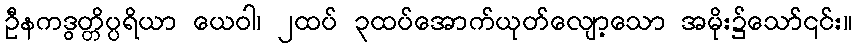
ဦနကဒွတ္တိပ္ပရိယာ ယေဝါ၊ ၂ထပ် ၃ထပ်အောက်ယုတ်လျော့သော အမိုး၌သော်၎င်း။